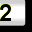
Digit: 2